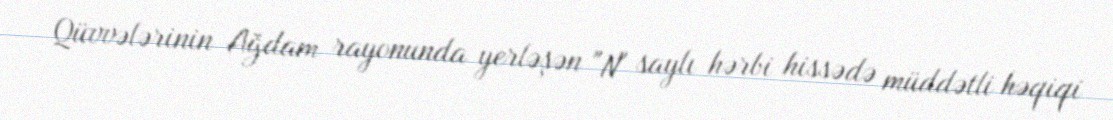
Qüvvələrinin Ağdam rayonunda yerləşən "N" saylı hərbi hissədə müddətli həqiqi